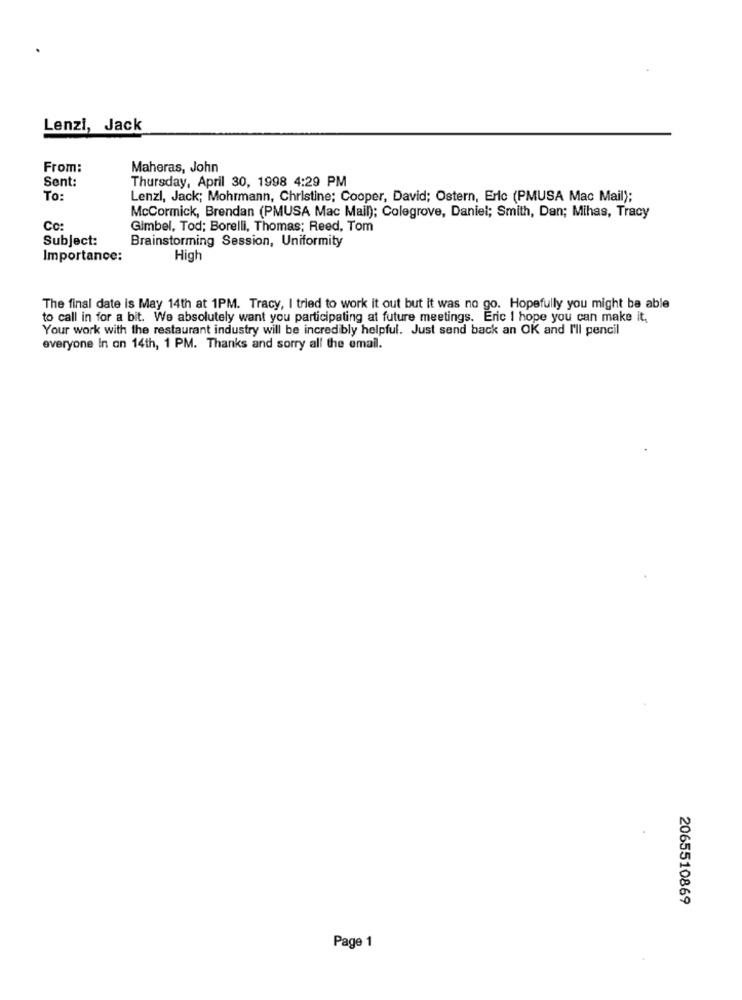
Lenzi, Jack
From:
Maheras, John
Sent:
Thursday, April 30, 1998 4:29 PM
To:
Lenzi, Jack; Mohrmann, Christine; Cooper, David; Ostern, Eric (PMUSA Mac Mail);
McCormick, Brendan (PMUSA Mac Mail); Colegrove, Daniel; Smith, Dan; Mihas, Tracy
Co:
Gimbel, Tod; Borelli, Thomas; Reed, Tom
Subject:
Brainstorming Session, Uniformity
Importance:
High
The final date is May 14th at 1PM. Tracy, I tried to work it out but it was no go. Hopefully you might be able
to call in for a bit. We absolutely want you participating at future meetings. Eric I hope you can make it,
Your work with the restaurant industry will be incredibly helpful. Just send back an OK and I'll pencil
everyone In on 14th, 1 PM. Thanks and sorry all the email.
2065510869
Page 1